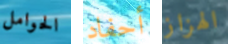
الحوامل أحفاد الهزاز